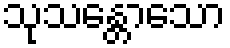
သုသန္တောသော